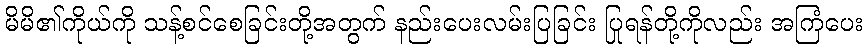
မိမိ၏ကိုယ်ကို သန့်စင်စေခြင်းတို့အတွက် နည်းပေးလမ်းပြခြင်း ပြုရန်တို့ကိုလည်း အကြံပေး